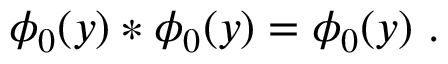
\phi _ { 0 } ( y ) * \phi _ { 0 } ( y ) = \phi _ { 0 } ( y ) \, \, .